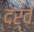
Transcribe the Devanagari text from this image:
दर्वे